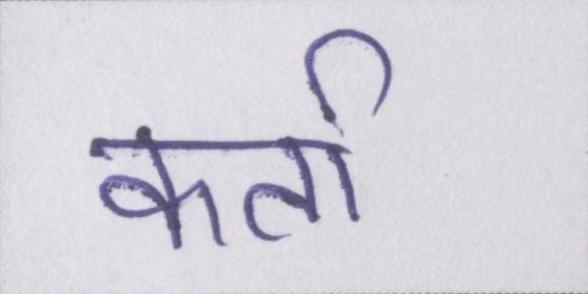
कर्ता